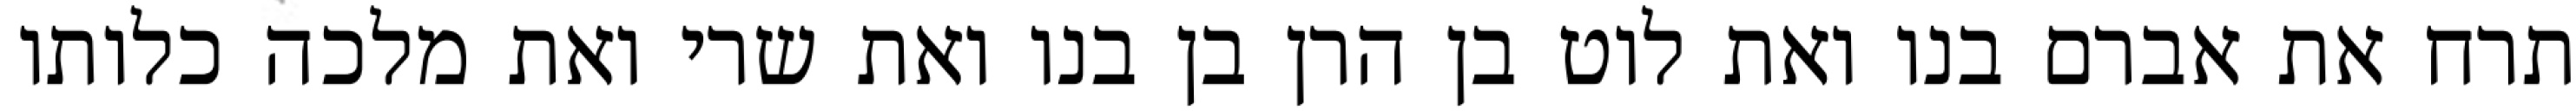
תרח את אברם בנו ואת לוט בן הרן בן בנו ואת שרי ואת מלכה כלותו